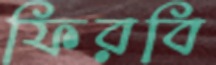
ফিরবি